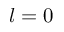
l = 0